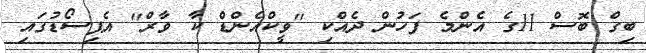
ބިގް ބޮސް 11ގެ އެންމެ ފަހުން ދެއްކި "ވީކްއެންޑް ކާ ވާރް" އެޕިސޯޑުގައި